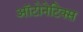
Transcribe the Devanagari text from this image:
ऑटोनेटिक्स